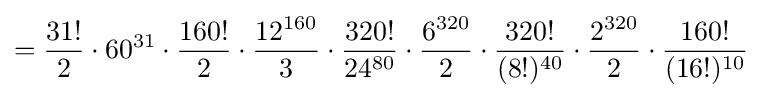
={\frac {31!}{2}}\cdot 60^{31}\cdot {\frac {160!}{2}}\cdot {\frac {12^{160}}{3}}\cdot {\frac {320!}{24^{80}}}\cdot {\frac {6^{320}}{2}}\cdot {\frac {320!}{(8!)^{40}}}\cdot {\frac {2^{320}}{2}}\cdot {\frac {160!}{(16!)^{10}}}